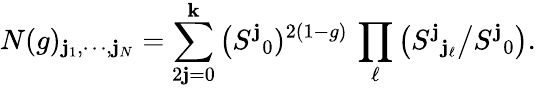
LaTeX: N(g)_{\mathbf{j}_{1},\cdots,\mathbf{j}_{N}}=\sum_{2\mathbf{j}=0}^{\mathbf{k}}\big(S^{\mathbf{j}}{}_{0})^{2(1-g)}\, \prod_{\ell}\big(S^{\mathbf{j}}{}_{\mathbf{j}_{\ell}}\big/S^{\mathbf{j}}{}_{0}\big).